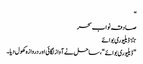
“
صادقہ نواب سحر
٭ ڈیلیوری بوائے
” ڈیلیوری بوائے “، ساحل نے آواز لگائی اور دروازہ کھول دیا۔